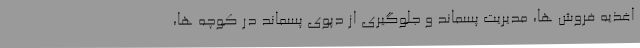
اغذیه فروش ها، مدیریت پسماند و جلوگیری از دپوی پسماند در کوچه ها،